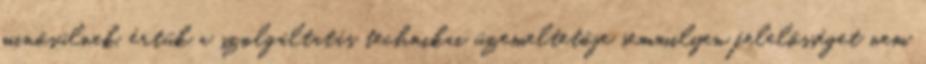
minősülnek, értük a szolgáltatás technikai üzemeltetője semmilyen felelősséget nem